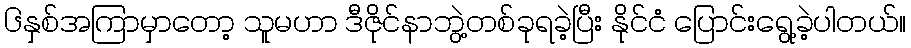
၆နှစ်အကြာမှာတော့ သူမဟာ ဒီဇိုင်နာဘွဲ့တစ်ခုရခဲ့ပြီး နိုင်ငံ ပြောင်းရွေ့ခဲ့ပါတယ်။